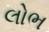
લોભ